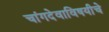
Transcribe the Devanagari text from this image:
चांगदेवाविषयीचे